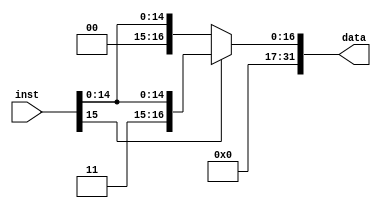
module signext(inst, data);

input [15:0] inst;
output [31:0] data;

assign data = inst[15]?{16'b1, inst[15:0]}:{16'b0, inst[15:0]};
//sign number extend
endmodule